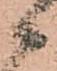
候